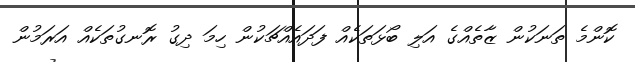
ކޮންމެ ތަނަކުން ޒާތެއްގެ އަލި ބޯޅަތަކެއް ފަދައެއްޗަކުން ހިމަ ދިގު ރޮނގުތަކެއް އަރަމުން